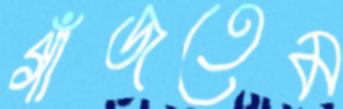
গাঁজতেম